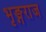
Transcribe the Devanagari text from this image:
भृङ्गराज